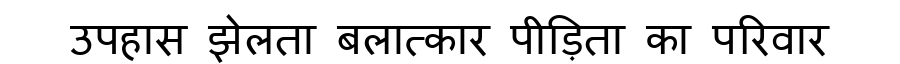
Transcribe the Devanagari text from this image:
उपहास झेलता बलात्कार पीड़िता का परिवार